Voisiku_vallavalitsus, lk 413
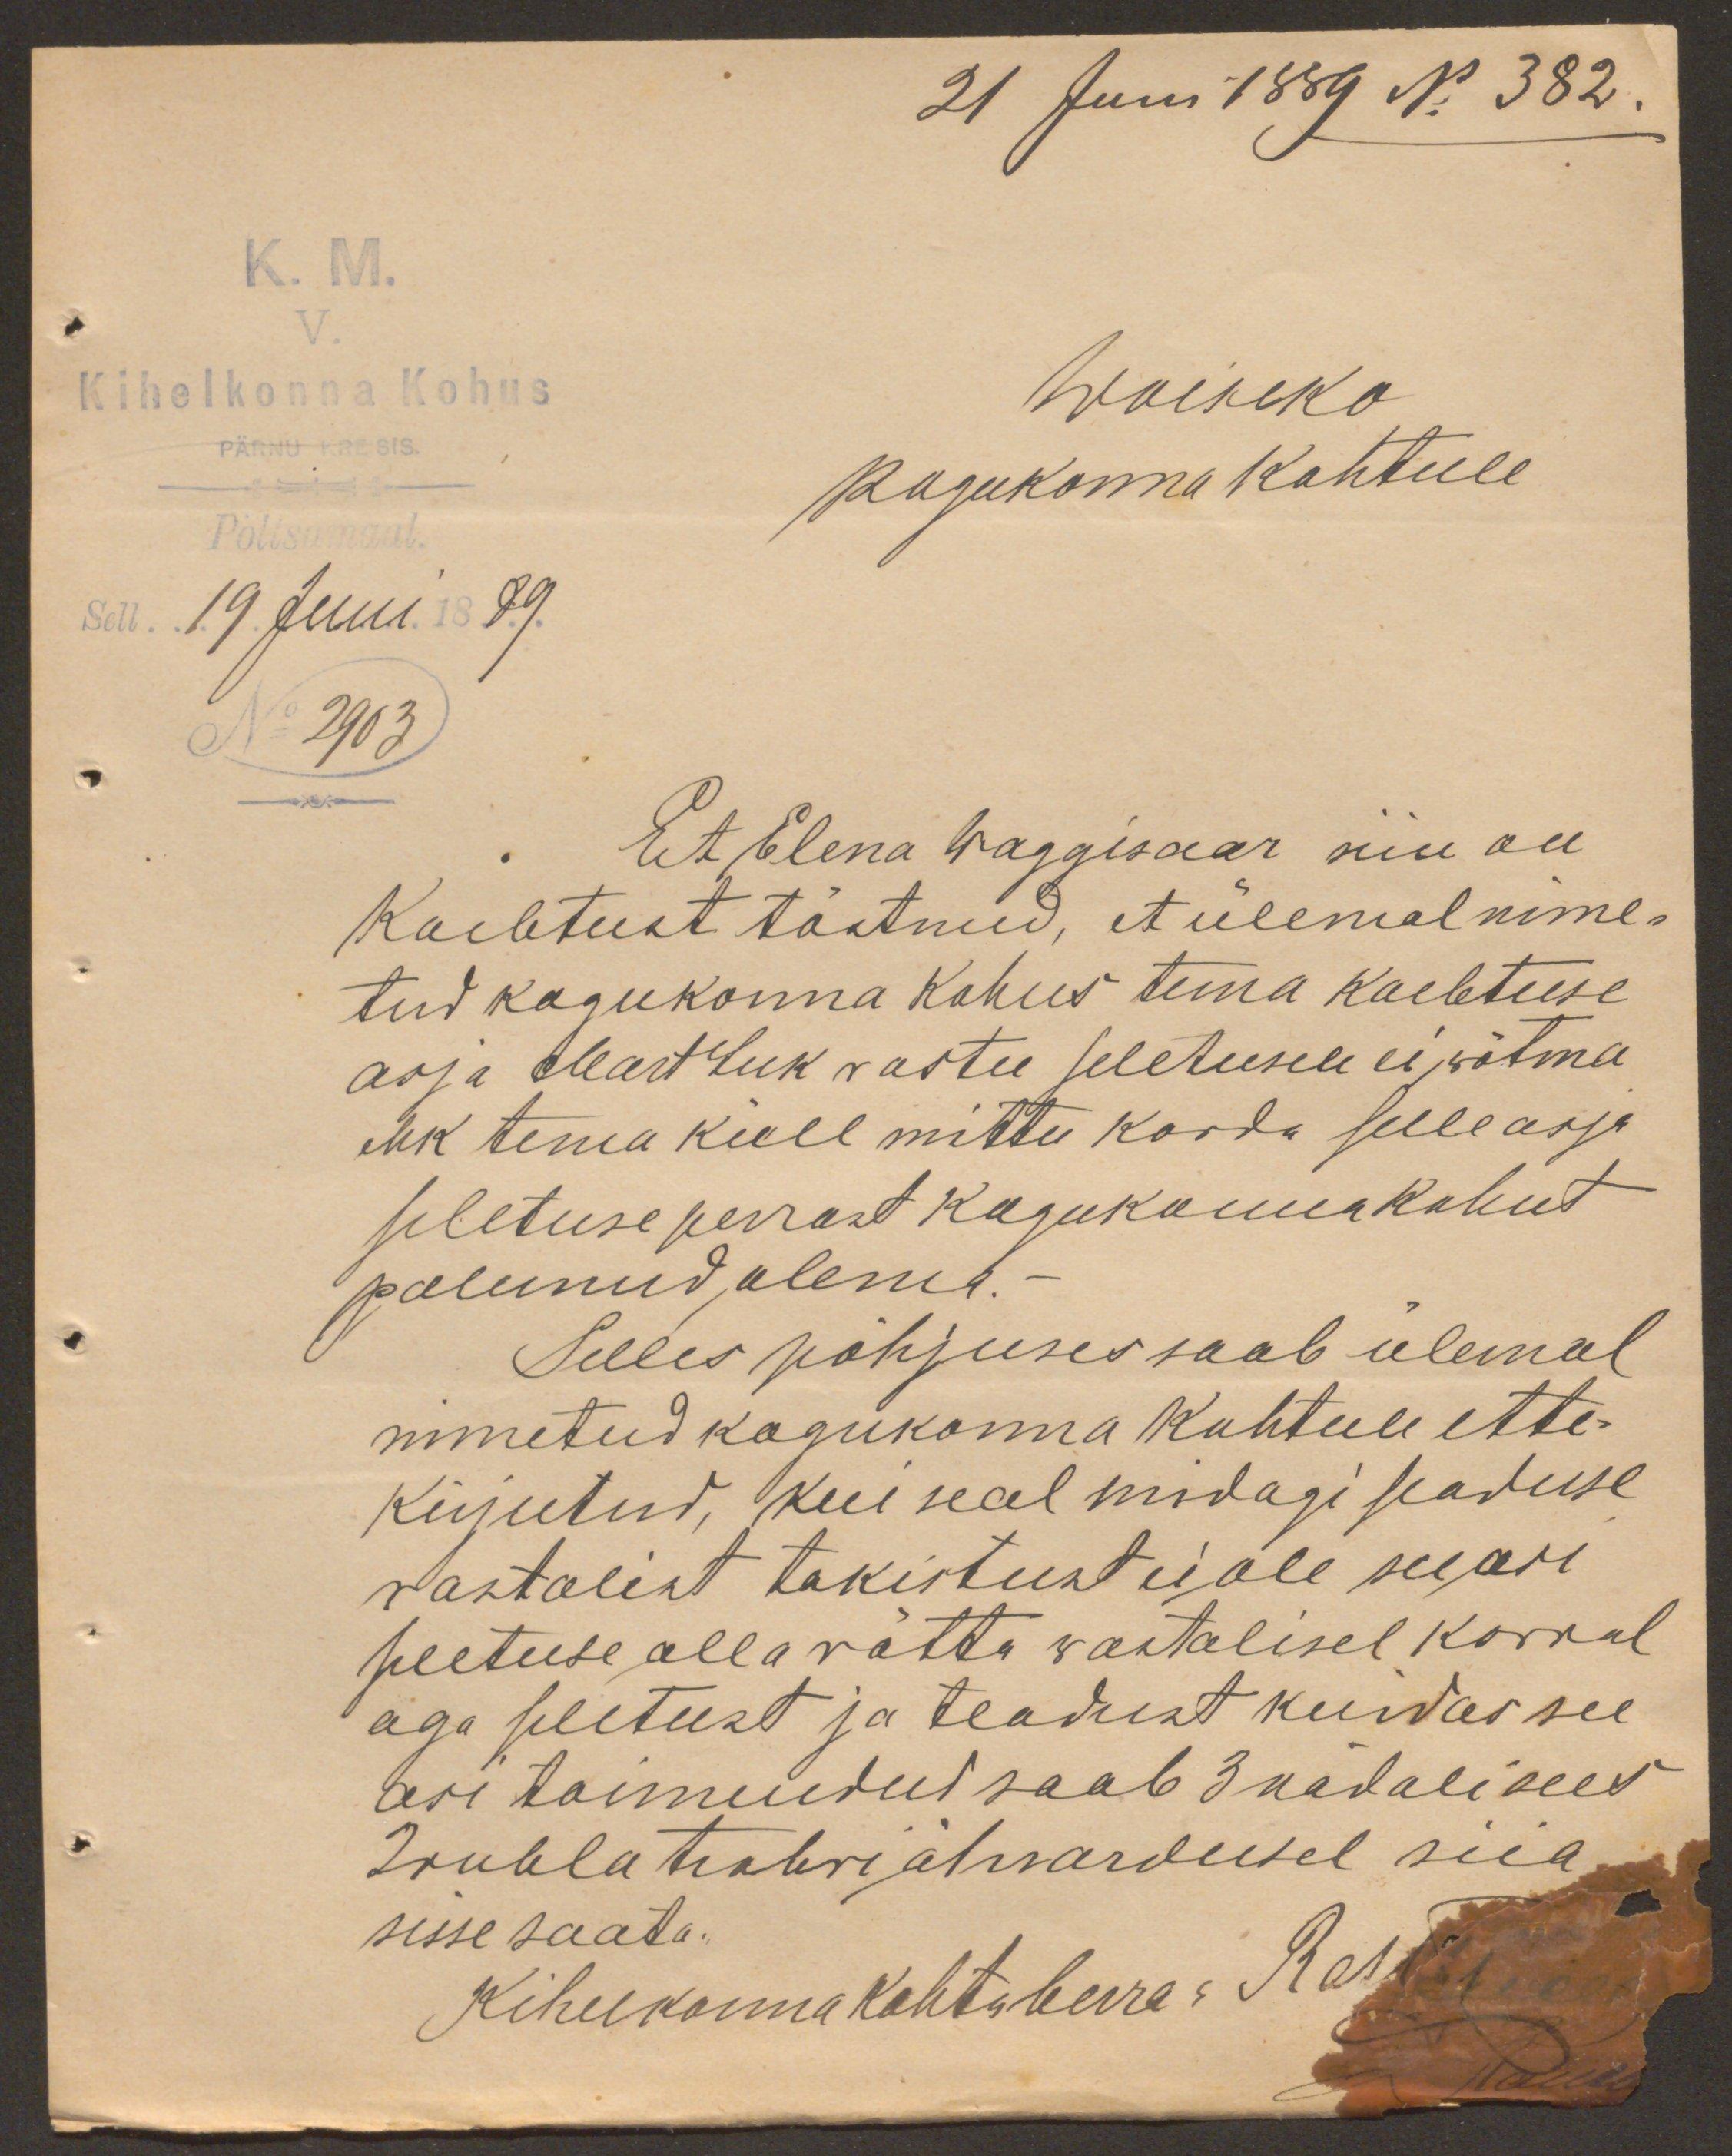
21 Juun 1889 No 382.

K. M.
V.
Kihelkonna Kohus
Woiseko
Pöltsamaal.
Kogukonna Kohtule
Sell 19 Juni 1889.
No 2903
Et Elena Waggisaar siin on
Kaebtust tõstnud, et ülemal nime-
tud kogukonna kohus tema kaebtuse
asja Mart Luk vastu seletusele ei wõtma
ehk tema küll mittu korda selle asja
seletuse perrast kogukonna kohut
palunud, olema.
Selles põhjuses saab ülemal
nimetud kogukonna Kohtule ette-
kirjutud, kui seal midagi seaduse
wastalist takistust ei ole see, asi
peetuse alla võtta wastalisel korral
aga seletust ja teadust kuidas see
asi toimendud saab 3 nädali sees
2 rubla trahvi ähvardusel see
sisse saata.
Kihelkonna kohtuleerra: Raso